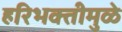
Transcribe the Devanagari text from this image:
हरिभक्तीमुळे